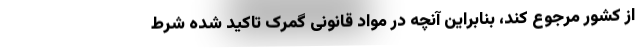
از کشور مرجوع کند، بنابراین آنچه در مواد قانونی گمرک تاکید شده شرط